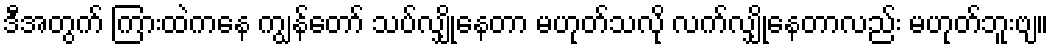
ဒီအတွက် ကြားထဲကနေ ကျွန်တော် သပ်လျှိုနေတာ မဟုတ်သလို လက်လျှိုနေတာလည်း မဟုတ်ဘူးဗျ။